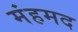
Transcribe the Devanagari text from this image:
मंहमद